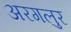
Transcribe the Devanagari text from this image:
अरगलुर